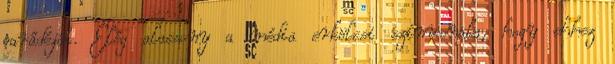
parádéját. Elég alacsony a média erkölcsi színvonala, hogy ehhez